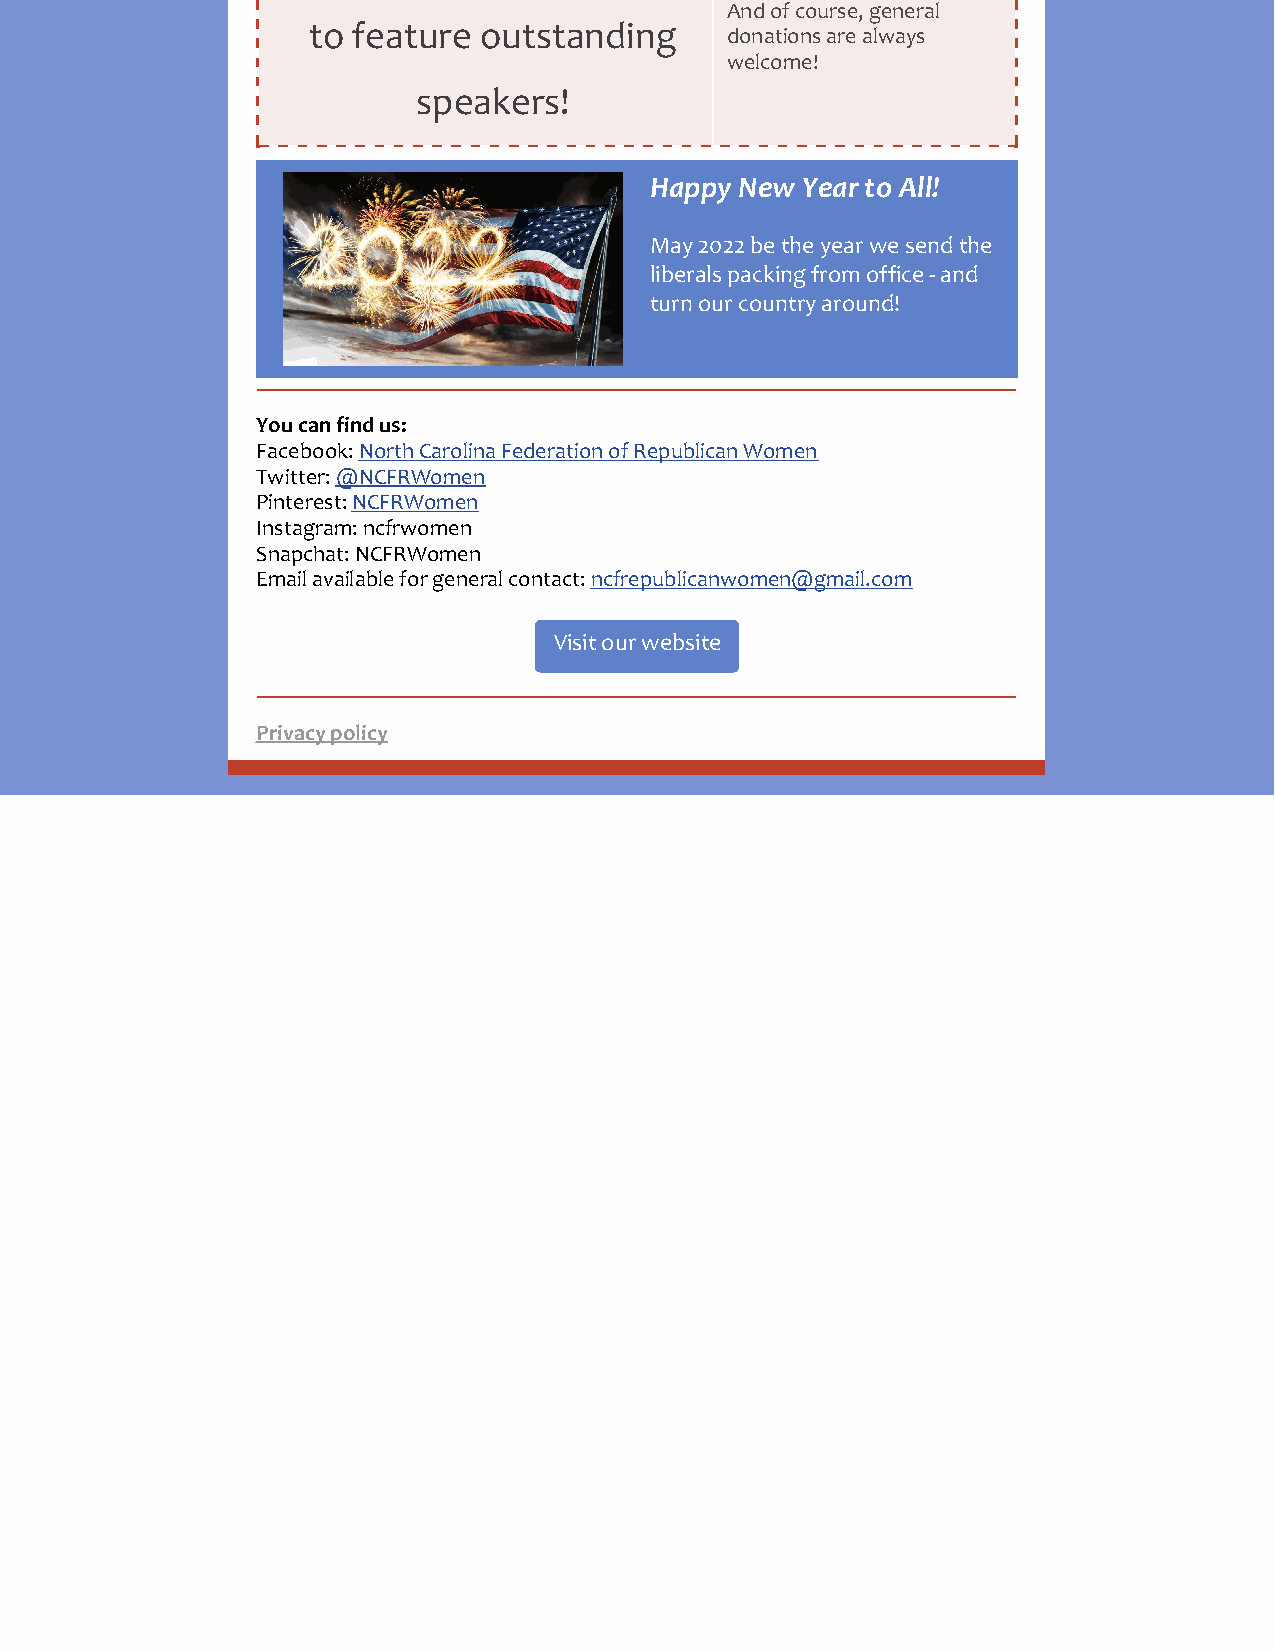
And of course, general
 to feature  outstanding
 donations are always
 welcome!
 speakers!
 Happy New Year to All!
 May 2022 be the year we send the
 liberals packing from office - and
 turn our country around!
 You can find us:
 Facebook: North Carolina Federation of Republican Women
 Twitter: @NCFRWomen
 Pinterest: NCFRWomen
 Instagram: ncfrwomen
 Snapchat: NCFRWomen
 Email available for general contact: ncfrepublicanwomen@gmail.com
 Visit our website
 Privacy policy